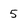
Character: 5